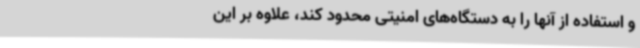
و استفاده از آنها را به دستگاه‌های امنیتی محدود کند، علاوه بر این